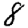
Digit: 8